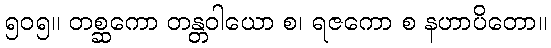
၅၀၅။ တစ္ဆကော တန္တဝါယော စ၊ ရဇကော စ နဟာပိတော။